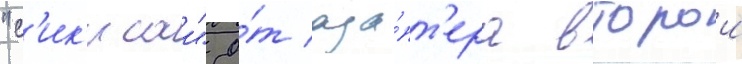
"с'ик'исаи" о́т ада́пт'ера второи